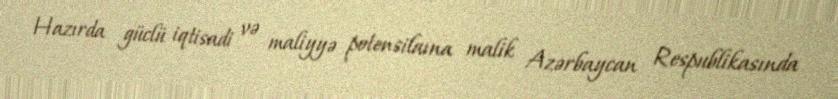
Hazırda güclü iqtisadi və maliyyə potensilaına malik Azərbaycan Respublikasında